Annual report on the working of the mental hospitals in the Madras Presidency - 1912-1932
Year: 1912
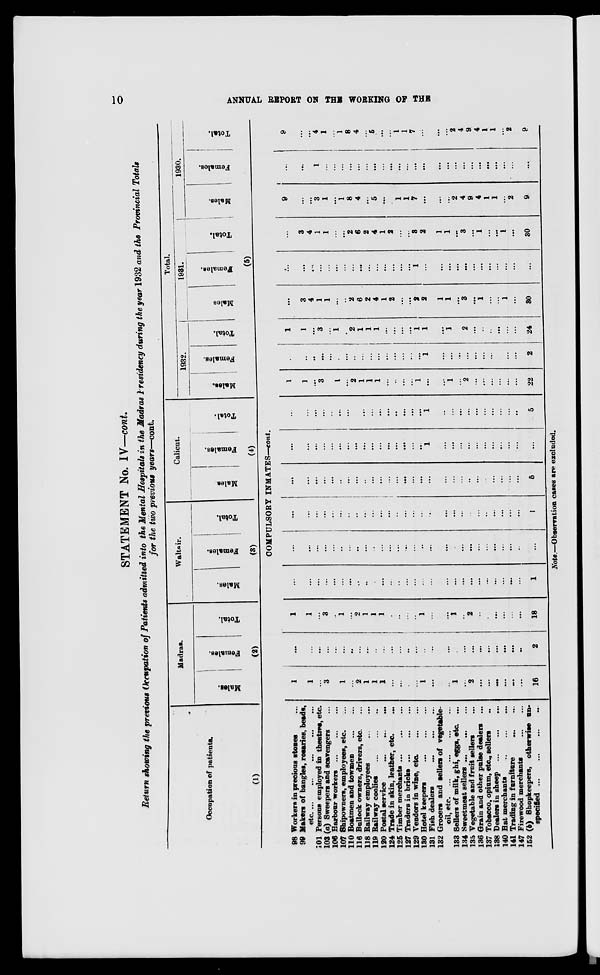
10
ANNUAL REPORT ON THE WORKING OF THE
STATEMENT No. IV—cont.
Return showing the previous Occupation of Patients admitted into the Mental Hospitals in the Madras Presidency during the year 1932 and the Provincial Totals
for the two previous years—cont.
Occupation of patients.
(1)
98
99
101
103
106
107
110
116
118
119
120
124
125
127
129
130
131
132
133
134
135
136
137
138
140
141
147
152
Workers in precious stones ...
Makers of bangles, rosaries, beads,
etc. ... ... ... ... ...
Persons employed in theatres, etc.
(a) Sweepers and scavengers ...
Harbour workers
...
...
...
Shipowners, employees, etc. ...
Boatmen and towmen
...
...
Bullock owners, drivers, etc. ...
Railway employees ... ...
Railway coolies
...
...
...
Postal service
...
...
...
Trade in skin, leather, etc. ...
Timber merchants
...
...
...
Traders in bricks
...
...
...
Vendors in wine,
etc. ... ...
Hotel keepers
...
...
...
Fish dealers
...
...
...
Grocers and sellers of vegetable-
oil, etc. ... ... ... ... ... ...
Sellers of milk, ghi, eggs, eta ...
Sweetmeat sellers
...
...
...
Vegetable and fruit sellers ...
Grain and other pulse dealers ...
Tobacco, opium, etc., sellers ...
Dealers in sheep
...
...
...
Hat merchants
...
...
...
Trading in furniture
...
...
Firewood merchants
...
...
(b) Shopkeepers, otherwise un-
specified
...
...
...
...
Madras.
Males.
Females.
Total.
(2)
Waltair.
Males.
Females.
Total.
(3)
Calicut.
Males.
Females.
Total.
(4)
Total.
1932.
Males.
Females.
Total.
1931.
Males
Females.
Total.
1930.
Males.
Females.
Total.
(5)
COMPULSORY INMATES—cont.
1
1
...
3
...
1
...
2
1
1
1
...
...
...
...
1
...
...
1
...
2
...
...
...
...
...
...
16
...
...
...
...
...
...
...
...
...
...
...
...
...
...
...
...
...
...
...
...
...
...
...
...
...
...
...
2
1
1
...
3
...
1
...
2
1
1
1
...
...
...
...
1
...
...
1
...
2
...
...
...
...
...
...
18
...
...
...
...
...
...
...
...
..
...
...
...
...
...
...
...
...
...
...
...
...
...
...
...
...
...
...
1
...
...
...
...
...
...
...
...
...
...
...
...
...
...
...
...
...
...
...
...
...
...
...
...
...
...
...
...
...
...
...
...
...
...
...
...
...
...
...
...
...
...
...
...
...
...
...
...
...
...
...
...
...
...
...
1
...
...
...
...
...
...
...
...
...
...
...
...
...
...
...
...
...
...
...
...
...
...
...
...
...
...
...
5
...
...
...
...
...
...
...
...
...
...
...
...
...
...
...
...
1
...
...
...
...
...
...
...
...
...
...
...
...
...
...
...
...
...
...
...
...
...
...
...
...
...
...
...
1
...
...
...
...
...
...
...
...
...
...
5
1
1
...
3
...
1
...
2
1
1
1
...
...
...
...
1
...
...
1
...
2
...
...
...
...
...
...
22
...
...
...
...
...
...
...
...
...
...
...
...
...
...
...
...
1
...
...
...
...
...
...
...
...
...
...
2
1
1
...
3
...
1
...
2
1
1
1
...
...
...
...
1
1
...
1
...
2
...
..
..
...
...
...
24
...
3
4
1
1
...
...
2
6
2
4
1
2
...
...
2
2
1
1
...
3
...
1
...
...
1
...
30
...
...
...
...
...
...
...
...
...
...
...
...
...
...
...
1
...
...
...
...
...
...
...
...
...
...
...
...
...
3
4
1
1
...
...
2
6
2
4
1
2
...
...
3
2
1
1
...
3
...
1
...
...
1
...
30
9
...
...
3
1
...
1
8
4
...
5
...
...
1
1
7
...
...
...
2
4
9
4
1
1
...
2
9
...
...
...
1
...
...
...
...
...
...
...
...
...
...
...
...
...
...
...
...
...
...
...
...
...
...
...
...
9
...
...
4
1
...
1
8
4
...
5
...
...
1
1
7
...
...
...
2
4
9
4
1
1
...
2
9
Note.—Observation cases are excluded.